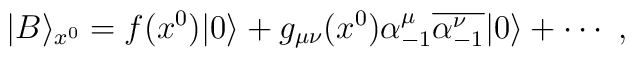
|B \rangle_{x^0} =  f(x^0) |0 \rangle +g_{\mu \nu}(x^0) \alpha^\mu_{-1} \overline{\alpha^\nu_{-1}} |0 \rangle+\cdots~,